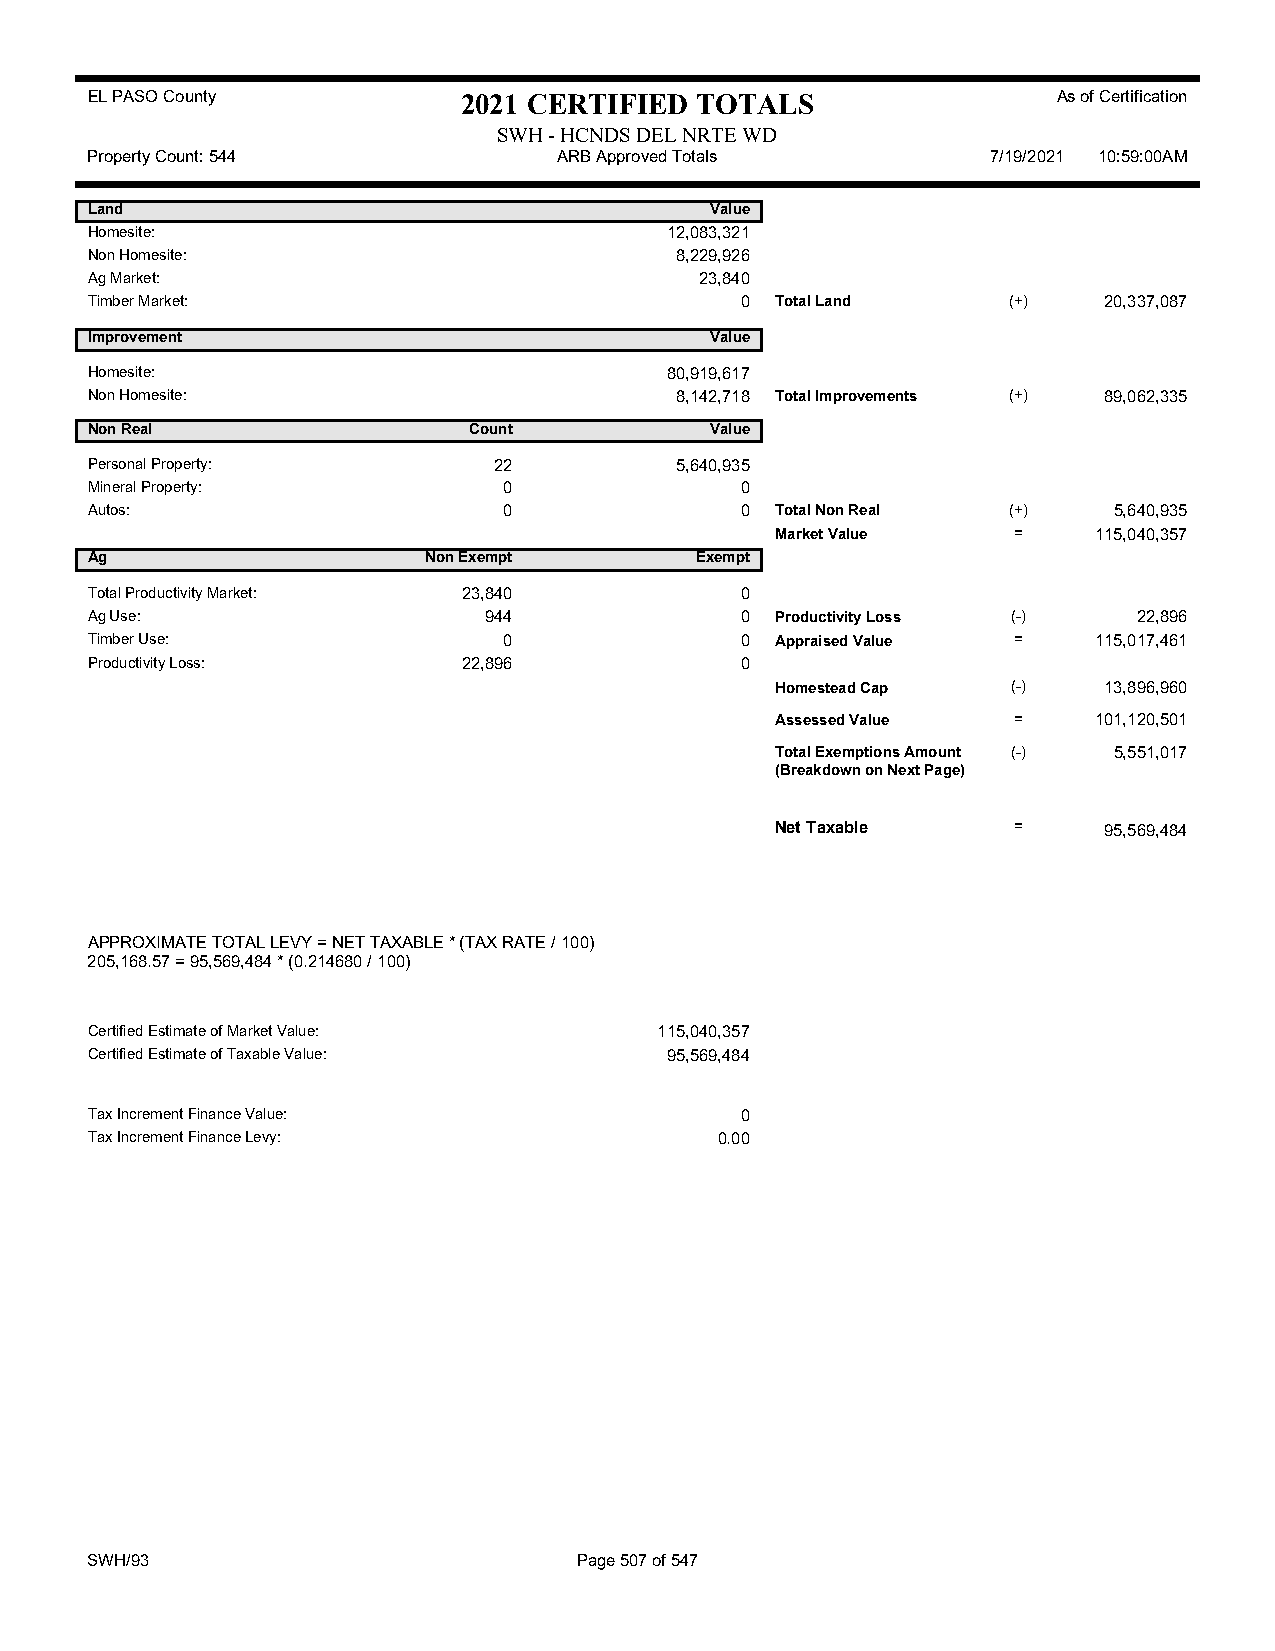
EL PASO County           2021 CERTIFIED TOTALS                  As of Certification
 SWH - HCNDS DEL NRTE WD
 Property Count: 544            ARB Approved Totals          7/19/2021 10:59:00AM
 Land                                     Value
 Homesite:                             12,083,321
 Non Homesite:                          8,229,926
 Ag Market:                              23,840
 Timber Market:                             0 Total Land      (+)   20,337,087
 Improvement                              Value
 Homesite:                             80,919,617
 Non Homesite:                          8,142,718 Total Improvements (+) 89,062,335
 Non Real                 Count           Value
 Personal Property:         22          5,640,935
 Mineral Property:          0               0
 Autos:                     0               0 Total Non Real  (+)    5,640,935
 Market Value    =    115,040,357
 Ag                    Non Exempt        Exempt
 Total Productivity Market: 23,840          0
 Ag Use:                   944              0 Productivity Loss (-)   22,896
 Timber Use:                0               0 Appraised Value =    115,017,461
 Productivity Loss:       22,896            0
 Homestead Cap   (-)   13,896,960
 Assessed Value  =    101,120,501
 Total Exemptions Amount (-) 5,551,017
 (Breakdown on Next Page)
 Net Taxable     =     95,569,484
 APPROXIMATE TOTAL LEVY = NET TAXABLE * (TAX RATE / 100)
 205,168.57 = 95,569,484 * (0.214680 / 100)
 Certified Estimate of Market Value:   115,040,357
 Certified Estimate of Taxable Value:  95,569,484
 Tax Increment Finance Value:               0
 Tax Increment Finance Levy:               0.00
 SWH/93                          Page 507 of 547